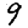
Digit: 9